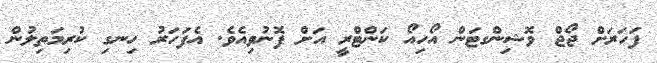
ފަހަރަށް ޖޯޖް ވޮޝިންގޓަން އޯހިއޯ ކަންޓްރީ އަށް ފޮނުވިއެވެ. އެފަހަރު ހިނގި ކުރިމަތިލުން